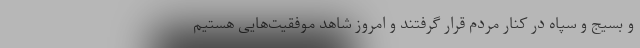
و بسیج و سپاه در کنار مردم قرار گرفتند و امروز شاهد موفقیت‌هایی هستیم